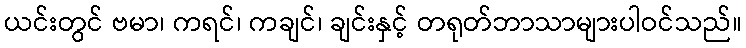
ယင်းတွင် ဗမာ၊ ကရင်၊ ကချင်၊ ချင်းနှင့် တရုတ်ဘာသာများပါဝင်သည်။